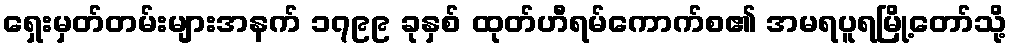
ရှေးမှတ်တမ်းများအနက် ၁၇၉၉ ခုနှစ် ထုတ်ဟီရမ်ကောက်စ၏ အမရပူရမြို့တော်သို့